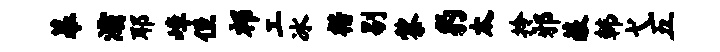
幕灞耶嶂侄祁工冰楷剔黎豹太拎邪蔽韩弋五